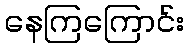
နေကြကြောင်း